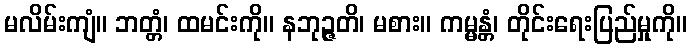
မလိမ်းကျံ။ ဘတ္တံ၊ ထမင်းကို။ နဘုဉ္ဇတိ၊ မစား။ ကမ္မန္တံ၊ တိုင်းရေးပြည်မှုကို။